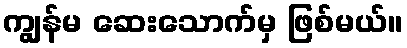
ကျွန်မ ဆေးသောက်မှ ဖြစ်မယ်။